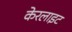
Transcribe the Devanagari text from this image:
केरलाइट